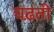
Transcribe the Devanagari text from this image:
चढ़़ती